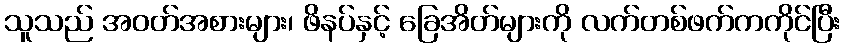
သူသည် အဝတ်အစားများ၊ ဖိနပ်နှင့် ခြေအိတ်များကို လက်တစ်ဖက်ကကိုင်ပြီး